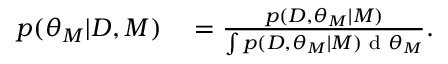
\begin{array} { r l } { p ( \theta _ { M } | D , M ) } & { { } = \frac { p ( D , \theta _ { M } | M ) } { \int p ( D , \theta _ { M } | M ) \textup { d } \theta _ { M } } . } \end{array}